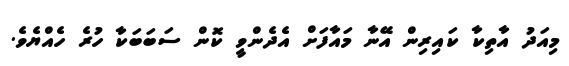
މިއަދު އާތިކާ ކައިރިން އޭނާ މައާފަށް އެދެންވީ ކޮން ސަބަބަކާ ހުރެ ހެއްޔެވެ.